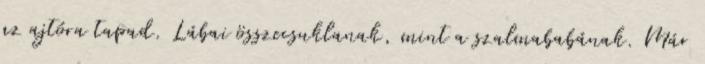
az ajtóra tapad. Lábai összecsuklanak, mint a szalmababának. Már